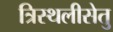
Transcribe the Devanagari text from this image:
त्रिस्थलीसेतु